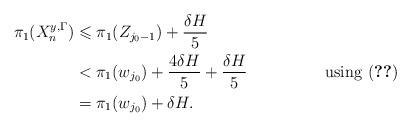
LaTeX: \begin{align*} \pi_1(X^{y,\Gamma}_n)&\leqslant \pi_1(Z_{j_0-1})+\frac{\delta H}{5}\\ &< \pi_1(w_{j_0})+\frac{4\delta H}{5}+\frac{\delta H}{5}&\mbox{using \eqref{e:localization_x_2}}\\ &=\pi_1(w_{j_0})+\delta H.\end{align*}